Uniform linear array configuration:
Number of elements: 32
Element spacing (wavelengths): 1
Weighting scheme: exponential
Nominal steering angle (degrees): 30
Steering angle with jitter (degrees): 29.638
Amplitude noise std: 0.05
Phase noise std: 0.05

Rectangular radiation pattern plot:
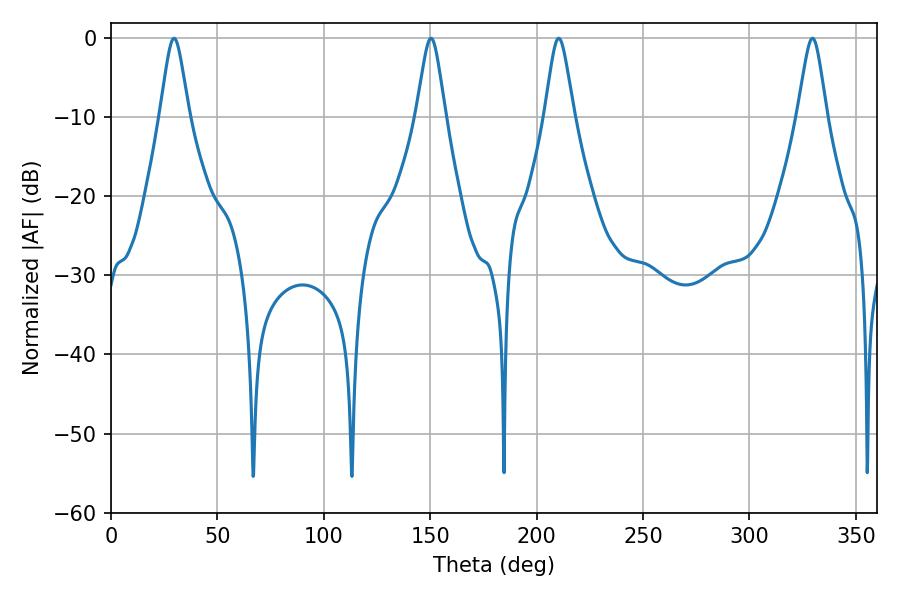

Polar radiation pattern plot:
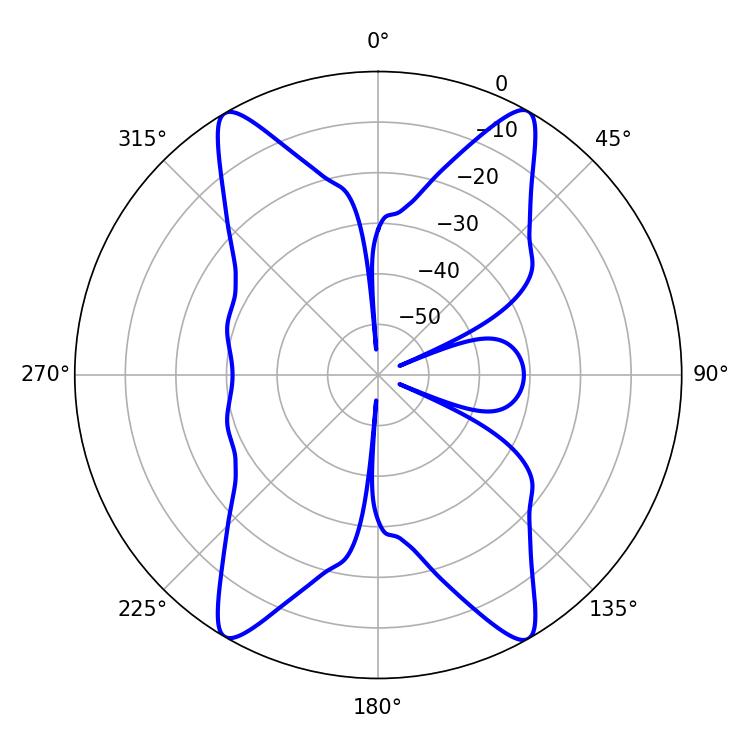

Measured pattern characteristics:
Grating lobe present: TRUE
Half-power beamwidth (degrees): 6.48
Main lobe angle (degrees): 210.42